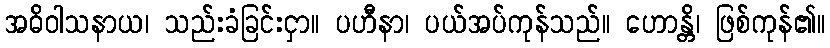
အဓိဝါသနာယ၊ သည်းခံခြင်းငှာ။ ပဟီနာ၊ ပယ်အပ်ကုန်သည်။ ဟောန္တိ၊ ဖြစ်ကုန်၏။